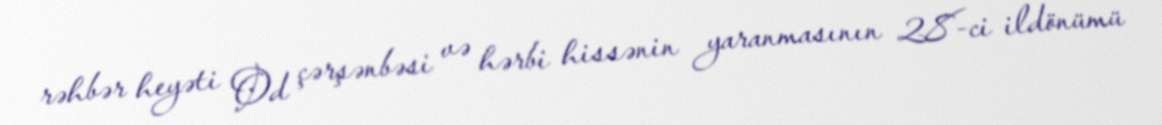
rəhbər heyəti Od çərşənbəsi və hərbi hissənin yaranmasının 28-ci ildönümü